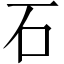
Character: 石